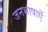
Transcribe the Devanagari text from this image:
जनभाषाएँ